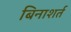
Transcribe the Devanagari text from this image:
बिनाशर्त